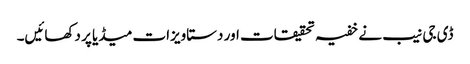
ڈی جی نیب نے خفیہ تحقیقات اور دستاویزات میڈیا پر دکھائیں۔